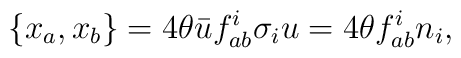
\{x_a,x_b\}=4\theta{\bar u}f_{ab}^i \sigma_i u=4\theta f_{ab}^i n_i ,